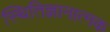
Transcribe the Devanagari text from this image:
स्थितिज्ञानात्मक